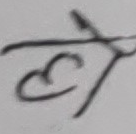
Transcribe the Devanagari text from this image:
ले